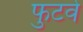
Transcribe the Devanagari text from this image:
फुटवे